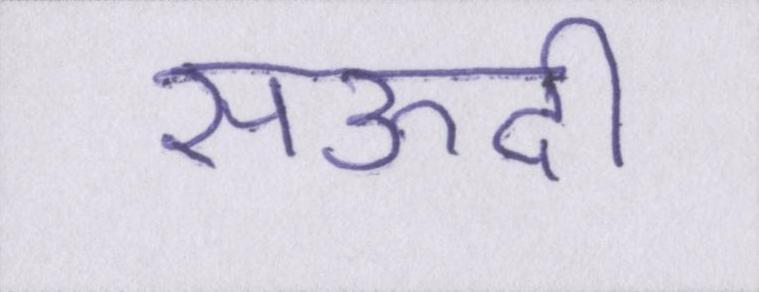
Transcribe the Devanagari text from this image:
सऊदी